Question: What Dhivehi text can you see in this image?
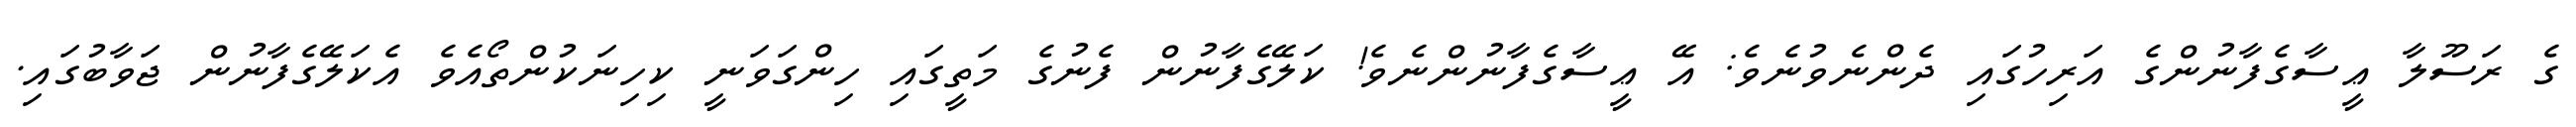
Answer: ގެ ރަސޫލާ ޢީސާގެފާނުންގެ އަރިހުގައި ދެންނެވުނެވެ: އޭ ޢީސާގެފާނުންނެވެ! ކަލޭގެފާނުން ފެނުގެ މަތީގައި ހިންގަވަނީ ކިހިނަކުންތޯއެވެ އެކަލޭގެފާނުން ޖަވާބުގައި.